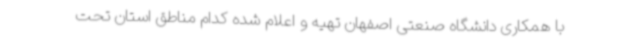
با همکاری دانشگاه صنعتی اصفهان تهیه و اعلام شده کدام مناطق استان تحت